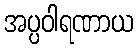
အပ္ပဝါရဏာယ